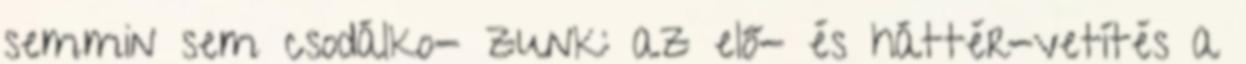
semmin sem csodálko- zunk: az elő- és háttér-vetítés a